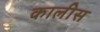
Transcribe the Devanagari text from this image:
कालीस